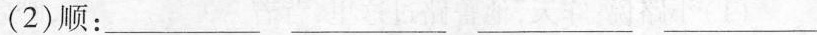
(2)顺：——— —— —— ——